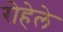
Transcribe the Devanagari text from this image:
रोहेले